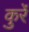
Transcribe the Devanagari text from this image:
कुर्रे